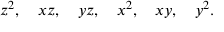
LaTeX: z ^ { 2 } , \quad x z , \quad y z , \quad x ^ { 2 } , \quad x y , \quad y ^ { 2 } .